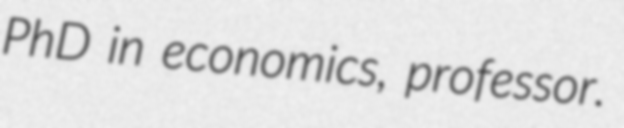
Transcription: PhD in economics, professor.